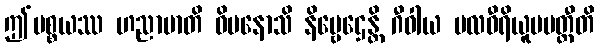
ဤပစ္စယဿ ဟညာမာတိ ဝိမနောသိ နိဗ္ဗေဌေန္တိ ဂီဝါယ ဗလဝီရိယူပပတ္တီတိ